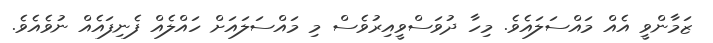
ޒަމާންވީ އެއް މައްސަލައެވެ. މިހާ ދުވަސްވީއިރުވެސް މި މައްސަލައަށް ހައްލެއް ފެނިފައެއް ނުވެއެވެ.